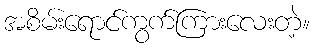
အစိမ်းရောင်ကွက်ကြားလေးတဲ့။